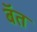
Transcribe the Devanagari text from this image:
बॅत